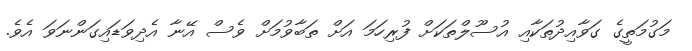
މަގުމަތީގެ ގަވާއިދުތަކާއި އުސޫލްތަކަށް ފުރިހަމަ އަށް ތަބާވުމަށް ވެސް އޭނާ އެދިވަޑައިގަންނަވަ އެވެ.